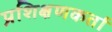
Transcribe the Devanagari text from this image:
प्रशिक्षणकर्ता